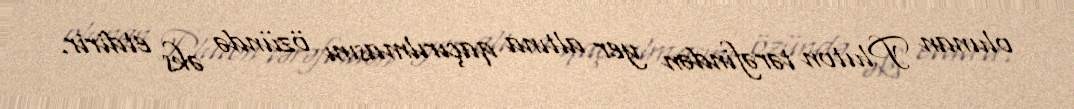
olunan Pluton tərəfindən yer altına qaçırılmasını özündə əks etdirir.